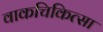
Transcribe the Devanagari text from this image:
वाकचिकित्सा